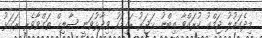
މިދެގައުލު ޖަމްޢު ކުރައްވާ އިބްނު ޙަޖަރު ރަހިމަހު ވިދާޅުވަނީ ޞާލިޙް ތަގްވާވެރި ރަގަޅު